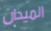
الميدان